Report on vaccination in Madras 1895-1903 - 1895-1903
Year: 1895
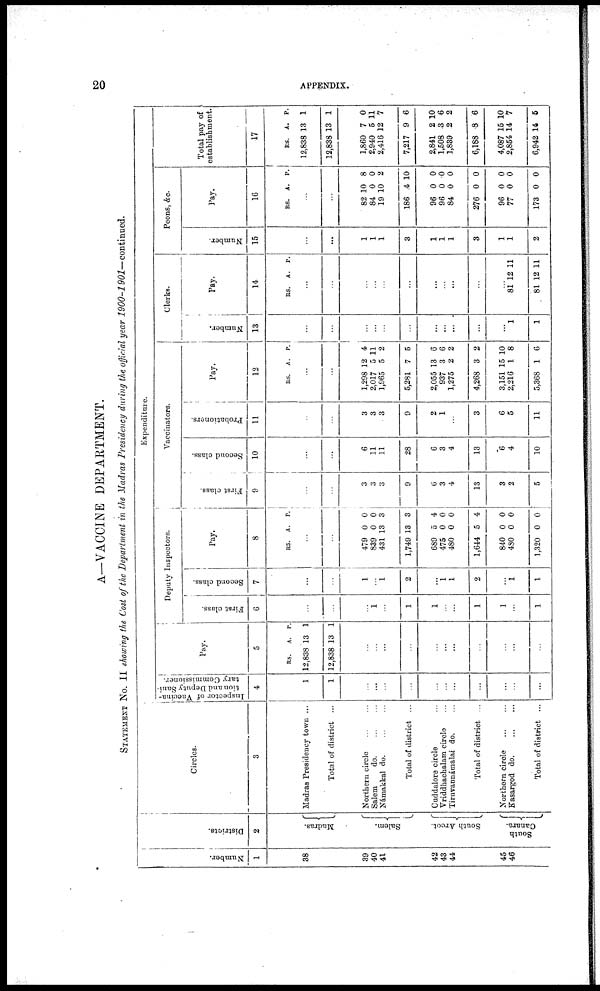
20
APPENDIX.
A—VACCINE DEPARTMENT.
STATEMENT No. II showing the Cost of the Department in the Madras Presidency during the official year 1900-1901— continued.
Number.
1
38
39
40
41
42
43
44
45
46
Districts.
2
Madras.
Salem.
South Arcot.
South
Canara.
Circles.
3
Madras Presidency town ...
Total of district ...
Northern circle
...
...
Salem
do.
...
...
Námakkal
do. ... ...
Total of district ...
Cuddalore circle ...
Vriddhachalam circle ...
Tiruvannámalai do. ...
Total of district ...
Northern circle
...
...
Kasargod d
o
. ... ...
Total of district ...
Expenditure.
Inspector of Vaccina-
tion and Deputy Sani-
tary Commissioner.
4
1
1
...
...
...
...
...
...
...
...
...
...
...
Pay.
5
RS.
12,838
12,838
A.
13
13
P.
1
1
...
...
...
...
...
...
...
...
...
...
...
Deputy Inspectors.
First class.
6
...
...
...
1
...
1
1
...
...
1
1
...
1
Second class.
7
...
...
1
...
1
2
...
1
1
2
...
1
1
Pay.
8
RS. A. P.
...
...
479
839
431
1,749
689
475
480
1,644
840
480
1,320
0
0
13
13
5
0
0
5
0
0
0
0
0
3
3
4
0
0
4
0
0
0
Vaccinators.
First class.
9
...
...
3
3
3
9
6
3
4
13
3
2
5
Second class.
10
...
...
6
11
11
28
6
3
4
13
6
4
10
Probationers.
11
...
...
3
3
3
9
2
1
...
3
6
5
11
Pay.
12
RS. A. P.
...
...
1,298
2,017
1,965
5,281
2,055
937
1,275
4,268
3,151
2,216
5,368
12
5
5
7
13
3
2
3
15
1
1
4
11
2
5
6
6
2
2
10
8
6
Clerks.
Number.
13
...
...
...
...
...
...
...
...
...
...
...
1
1
Pay.
14
RS. A. P.
...
...
...
...
...
...
...
...
...
...
...
81
81
12
12
11
11
Peons, &c.
Number.
15
...
...
1
1
1
3
1
1
1
3
1
1
2
Pay.
16
RS. A. P.
...
...
82
84
19
186
96
96
84
276
96
77
173
10
0
10
4
0
0
0
0
0
0
0
8
0
2
10
0
0
0
0
0
0
0
Total pay of
establishment.
17
RS.
12,838
12,838
1,860
2,940
2,416
7,217
2,841
1,508
1,839
6,188
4,087
2,854
6,942
A.
13
13
7
5
12
9
2
3
2
8
15
14
14
P.
1
1
0
11
7
6
10
6
2
6
10
7
5